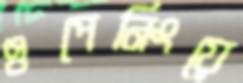
ওপেনিংয়ে